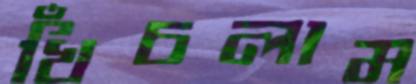
খিঁচলাম